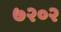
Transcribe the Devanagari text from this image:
७२०२